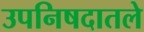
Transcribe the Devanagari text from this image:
उपनिषदातले